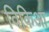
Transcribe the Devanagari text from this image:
विकिआ